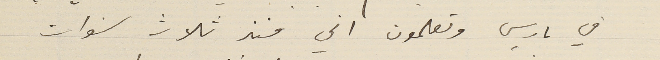
في باريس وتعلمون اني منذ ثلاث سنوات